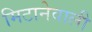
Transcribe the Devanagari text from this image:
मिटानेवाली